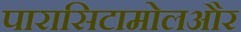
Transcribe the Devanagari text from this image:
पारासिटामोलऔर